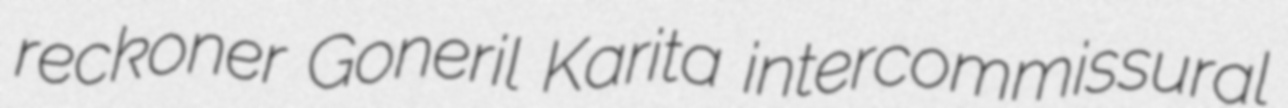
reckoner Goneril Karita intercommissural